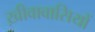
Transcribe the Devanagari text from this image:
ख़ीवावासियों